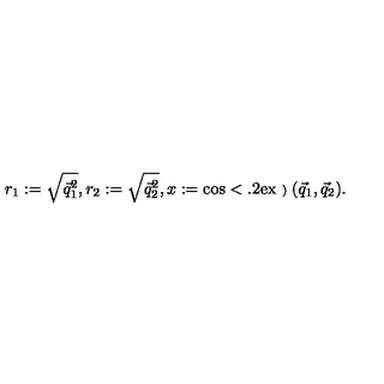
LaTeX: r _ { 1 } : = \sqrt { \vec { q } _ { 1 } ^ { 2 } } , r _ { 2 } : = \sqrt { \vec { q } _ { 2 } ^ { 2 } } , x : = \cos < \mathrm { \raisebox { 0 . 2 e x } { \scriptsize ) } } ( \vec { q } _ { 1 } , \vec { q } _ { 2 } ) .